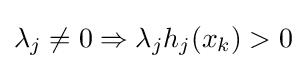
\lambda _{j}\neq 0\Rightarrow \lambda _{j}h_{j}(x_{k})>0